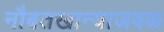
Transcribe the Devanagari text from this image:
नौबतखान्याजवळ